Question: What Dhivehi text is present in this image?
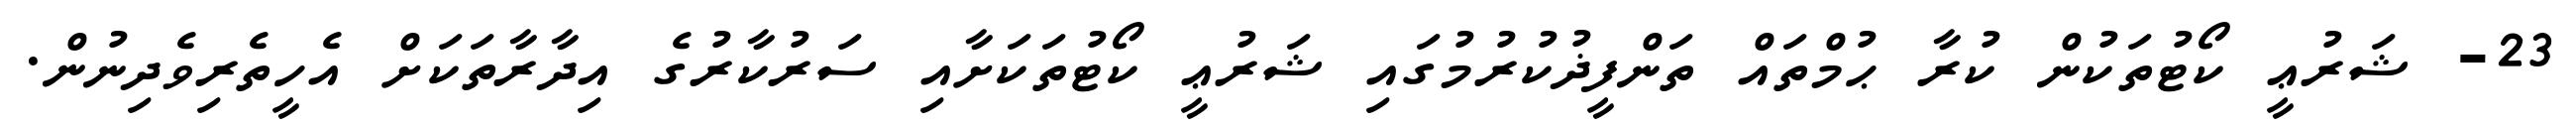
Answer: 23- ޝަރުޢީ ކޯޓުތަކުން ކުރާ ޙުމްތައް ތަންފީޛުކުރުމުގައި ޝަރުޢީ ކޯޓުތަކަށާއި ސަރުކާރުގެ އިދާރާތަކަށް އެހީތެރިވެދިނުން.